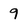
Character: 9